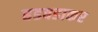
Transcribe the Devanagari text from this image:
हडबडाकर